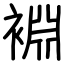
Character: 裫